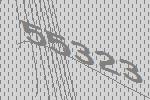
55323